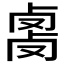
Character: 𰆇